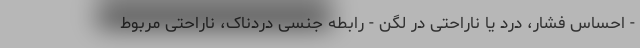
- احساس فشار، درد یا ناراحتی در لگن - رابطه جنسی دردناک، ناراحتی مربوط